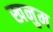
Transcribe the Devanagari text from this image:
खनुम